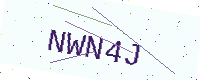
Text: NWN4J